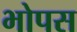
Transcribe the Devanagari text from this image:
भोपस